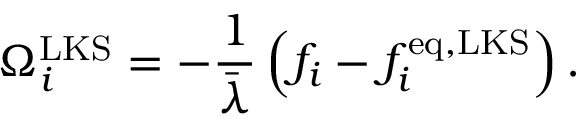
\Omega _ { i } ^ { \mathrm { L K S } } = - \frac { 1 } { \bar { \lambda } } \left( f _ { i } - f _ { i } ^ { \mathrm { e q , L K S } } \right) .